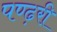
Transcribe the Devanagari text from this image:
पण्ढ़री